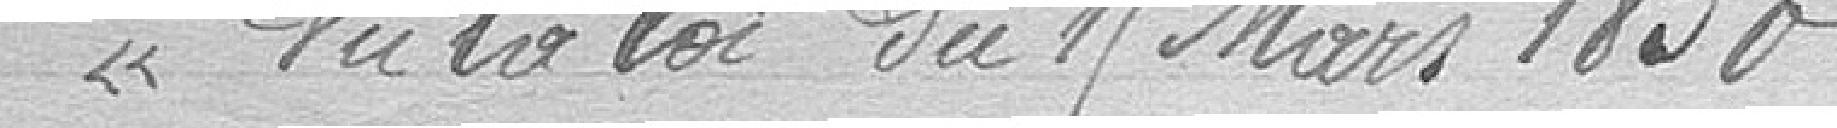
"Vu la loi du 15 Mars 1850,